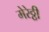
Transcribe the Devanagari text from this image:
मेरेठ्ठी